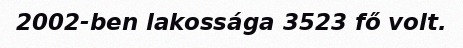
2002-ben lakossága 3523 fő volt.